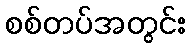
စစ်တပ်အတွင်း